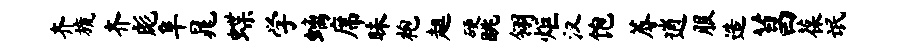
齐旒齐彪阜晁蝶学螭席昧袍趄硬眺翎炬汉饱蓐逍服造菖葆氓